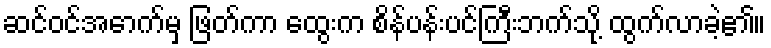
ဆင်ဝင်အောက်မှ ဖြတ်ကာ ထွေးက စိန်ပန်းပင်ကြီးဘက်သို့ ထွက်လာခဲ့၏။